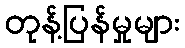
တုန့်ပြန်မှုများ